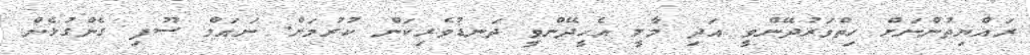
ރައްޔިތުންނަށް ހިތްވަރުދޭންވީ އަދި މާލީ އެހީދޭންވީ ދަނޑުވެރިކަން ކުރުމަށް. ނައަމް ސޫފި ގެންގުޅެން